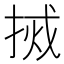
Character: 𫽃